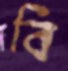
বি